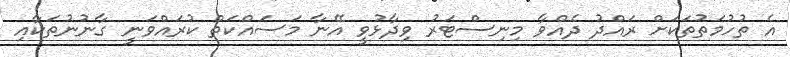
އެ ތުހުމަތުތަކަށް ރައްދު ދެއްވާ މިނިސްޓަރު ވިދާޅުވީ އޭނާ މަސައްކަތް ކުރައްވަނީ ގާނުނުތަކާއި